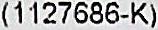
(1127686-K)